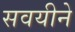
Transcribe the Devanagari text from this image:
सवयीने